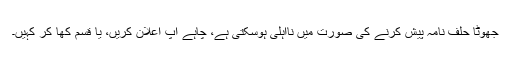
جھوٹا حلف نامہ پیش کرنے کی صورت میں نااہلی ہوسکتی ہے، چاہے آپ اعلان کریں، یا قسم کھا کر کہیں۔